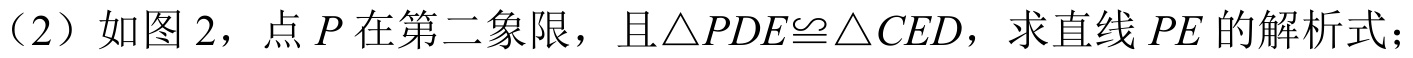
（2）如图2，点\(P\)在第二象限，且\(\triangle PDE\cong\triangle CED\)，求直线\(PE\)的解析式；